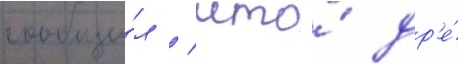
сообщи́л / что́ др'е́